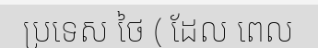
ប្រទេស ថៃ ( ដែល ពេល